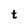
Character: t